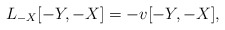
\begin{align*}L_{-X} [-Y,-X] = - v [-Y,-X],\end{align*}